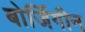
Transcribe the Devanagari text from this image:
बोर्जिगीन